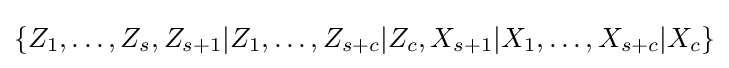
\left\{Z_{1},\ldots ,Z_{s},Z_{s+1}|Z_{1},\ldots ,Z_{s+c}|Z_{c},X_{s+1}|X_{1},\ldots ,X_{s+c}|X_{c}\right\}